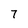
Character: 7